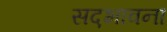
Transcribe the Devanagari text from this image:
सद़भावना